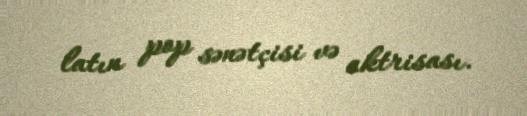
latın pop sənətçisi və aktrisası.